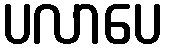
ပလာပေ